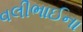
વલીભાઈના